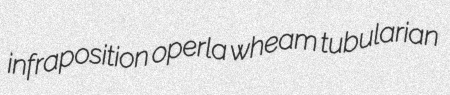
infraposition operla wheam tubularian